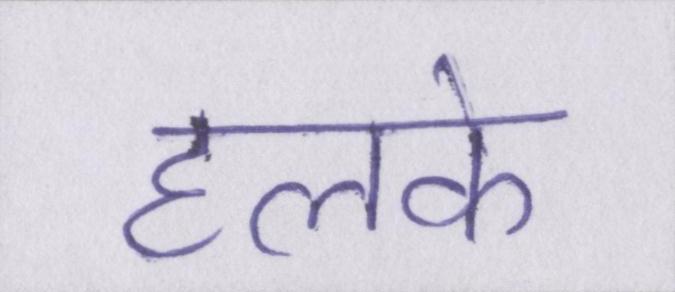
हलके